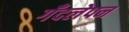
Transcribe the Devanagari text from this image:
गँदलेपन